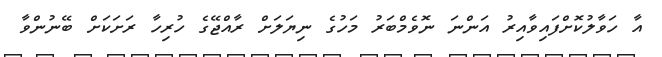
އާ ހަވާލުކޮށްފައިވާއިރު އަންނަ ނޮވެމްބަރު މަހުގެ ނިޔަލަށް ރާއްޖޭގެ ހުރިހާ ރަށަކަށް ބޭނުންވާ